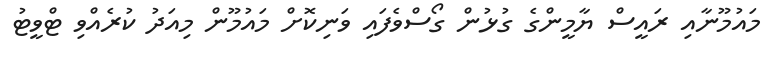
މައުމޫނާއި ރައީސް ޔާމީންގެ ގުޅުން ގޯސްވެފައި ވަނިކޮށް މައުމޫން މިއަދު ކުރެއްވި ޓްވީޓު